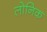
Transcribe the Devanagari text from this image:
लोनिक